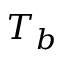
T _ { b }